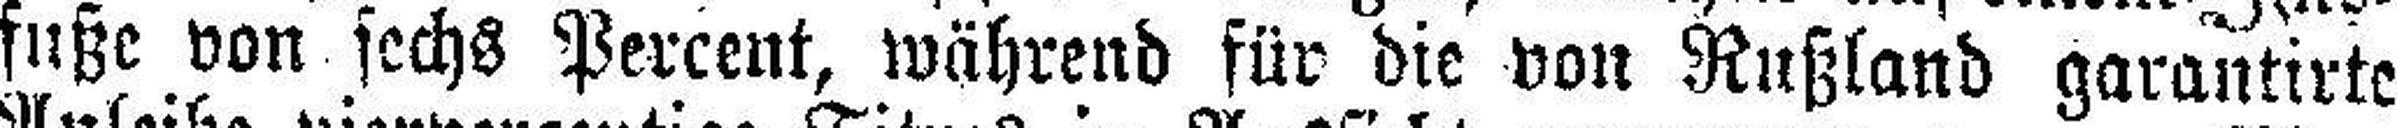
fuße von sechs Percent, während für die von Rußland garantirte